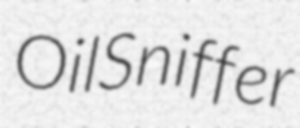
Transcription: Oil Sniffer